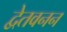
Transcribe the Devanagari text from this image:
द्वेतवनन